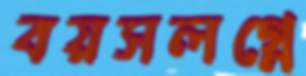
বয়সলগ্নে